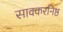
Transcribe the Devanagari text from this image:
सावकरनिष्ठ